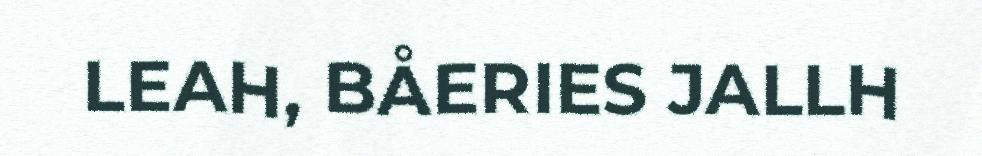
LEAH, BÅERIES JALLH